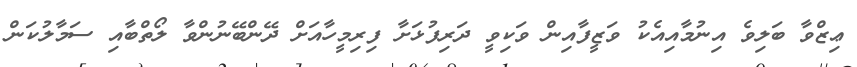
ޢިޒްވާ ބަލިވެ އިނުމާއިއެކު ވަޒީފާއިން ވަކިވީ ދަރިފުޅަށާ ފިރިމީހާއަށް ދޭންބޭނުންވާ ލޯތްބާއި ސަމާލުކަން